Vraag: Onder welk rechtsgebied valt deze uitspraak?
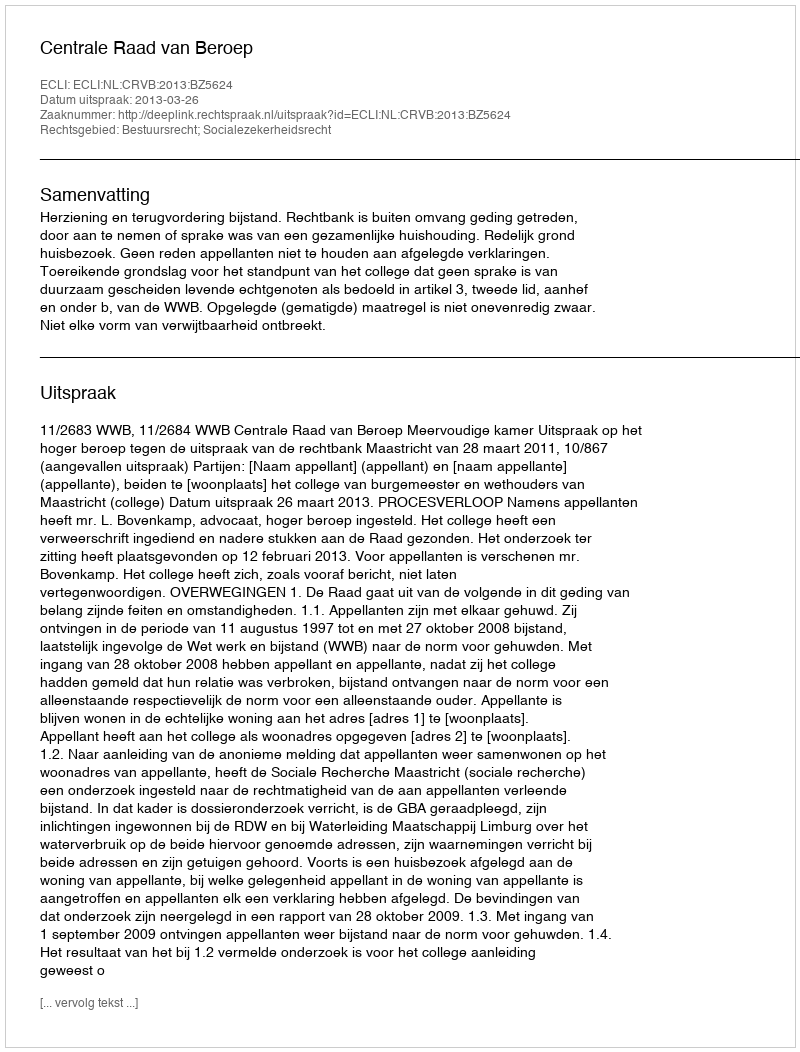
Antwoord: Bestuursrecht; Socialezekerheidsrecht